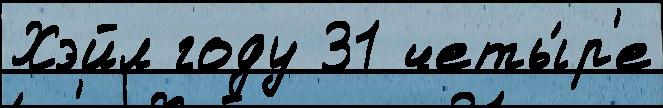
Хэйл году 31 четы́р'е